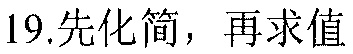
19.先化简，再求值